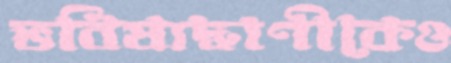
ভবিষ্যদ্বাণীকেও